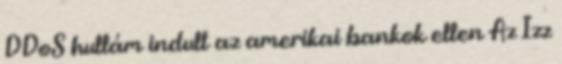
DDoS hullám indult az amerikai bankok ellen Az Izz